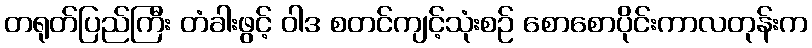
တရုတ်ပြည်ကြီး တံခါးဖွင့် ဝါဒ စတင်ကျင့်သုံးစဉ် စောစောပိုင်းကာလတုန်းက